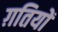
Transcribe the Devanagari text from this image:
ग़तियों